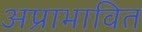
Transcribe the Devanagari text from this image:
अप्राभावित